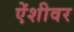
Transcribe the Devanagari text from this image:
ऐंशीवर